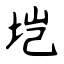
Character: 垲